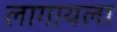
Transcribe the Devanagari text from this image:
लागायला